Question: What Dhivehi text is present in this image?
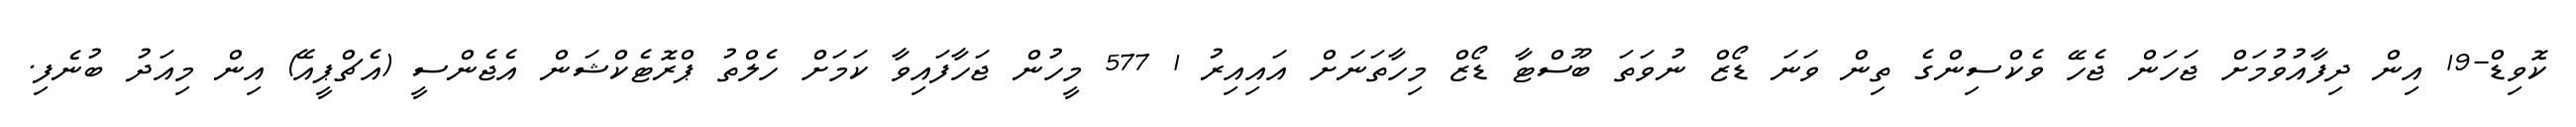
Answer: ކޮވިޑް-19 އިން ދިފާއުވުމަށް ޖަހަން ޖެހޭ ވެކްސިންގެ ތިން ވަނަ ޑޯޒް ނުވަތަ ބޫސްޓާ ޑޯޒް މިހާތަނަށް އައިއިރު 1 577 މީހުން ޖަހާފައިވާ ކަމަށް ހެލްތު ޕްރޮޓެކްޝަން އެޖެންސީ (އެޗްޕީއޭ) އިން މިއަދު ބުނެފި.